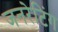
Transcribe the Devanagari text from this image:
जनरेटिंग